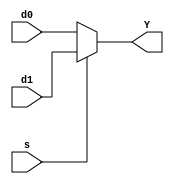
module MUX2_1(input wire s, d0, d1, output wire Y);
    assign Y = s ? d1 : d0;
endmodule


module MUX4_1(input wire d0, d1, d2, d3, input wire[1:0]s1, output wire Y);
  wire Y1, Y2;

  MUX2_1 M1(s1[0], d0, d1, Y1);
  MUX2_1 M2(s1[0], d2, d3, Y2);
  MUX2_1 M3(s1[1], Y1, Y2, Y);
endmodule


module MUX8_1(input wire d0, d1, d2, d3, d4, d5, d6, d7, input wire [2:0]s1, output wire Y);
  wire Y1, Y2;

  MUX4_1 M1(d0, d1, d2, d3, s1[1:0], Y1);
  MUX4_1 M2(d4, d5, d6, d7, s1[1:0], Y2);
  MUX2_1 M3(s1[2], Y1, Y2, Y);
endmodule


module Tabla1_MUX2_1(input wire A, B, C, output wire Y);
  assign Y1 = (B ^ C);
  assign Y2 = ~(B ^ C);
  MUX2_1 M1(A, Y1, Y2, Y);
endmodule


module Tabla1_MUX4_2(input wire A, B, C, output wire Y);
  wire Y1;
  wire [1:0]s1;
  assign Y1 = ~C;
  assign s1[0] = B;
  assign s1[1] = A;
  MUX4_1 M1(C, ~C, ~C, C, s1[1:0], Y);
endmodule


module Tabla1_MUX8_3(input wire A, B, C, Vcc, GND, output wire Y);
  wire [2:0]s1;
  assign s1[0] = C;
  assign s1[1] = B;
  assign s1[2] = A;
  MUX8_1 m1(GND, Vcc, Vcc, GND, Vcc, GND, GND, Vcc, s1[2:0], Y);
endmodule


module Tabla2_MUX2_1(input wire A, B, C, output wire Y);
  assign Y1 = (B ~| C);
  assign Y2 = ~(B & C);
  MUX2_1 M1(A, Y1, Y2, Y);
endmodule


module Tabla2_MUX4_2(input wire A, B, C, Vcc, GND, output wire Y);
  wire [1:0]s1;
  assign s1[0] = B;
  assign s1[1] = A;
  MUX4_1 M1(~C, GND, Vcc, ~C, s1[1:0], Y);
endmodule


module Tabla2_MUX8_3(input wire A, B, C, Vcc, GND, output wire Y);
  wire[2:0]s1;
  assign s1[0] = C;
  assign s1[1] = B;
  assign s1[2] = A;
  MUX8_1 M1(Vcc, GND, GND, GND, Vcc, Vcc, Vcc, GND, s1[2:0], Y);
endmodule